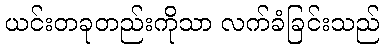
ယင်းတခုတည်းကိုသာ လက်ခံခြင်းသည်